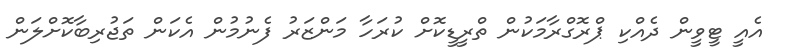
އެއީ ޓީވީން ދެއްކި ޕްރޮގްރާމަކުން ތްރީޑީކޮށް ކުރަހާ މަންޒަރު ފެނުމުން އެކަން ތަޖުރިބާކޮށްލަން